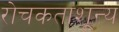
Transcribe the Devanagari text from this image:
रोचकताशून्य